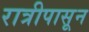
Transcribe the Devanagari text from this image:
रात्रीपासून